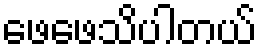
ဖေဖေသိပါတယ်